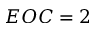
E O C = 2